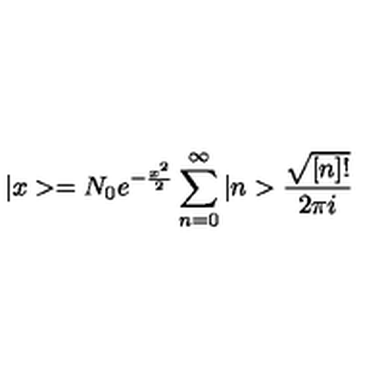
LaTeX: | x > = N _ { 0 } e ^ { - \frac { x ^ { 2 } } 2 } \sum _ { n = 0 } ^ { \infty } | n > \frac { \sqrt { [ n ] ! } } { 2 \pi i }